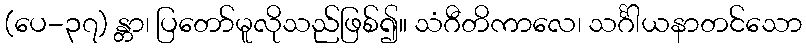
(ပေ-၃၇) န္တာ၊ ပြတော်မူလိုသည်ဖြစ်၍။ သံဂီတိကာလေ၊ သင်္ဂါယနာတင်သော